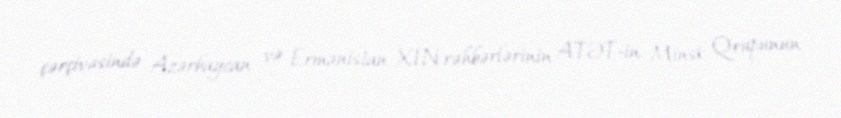
çərçivəsində Azərbaycan və Ermənistan XİN rəhbərlərinin ATƏT-in Minsk Qrupunun